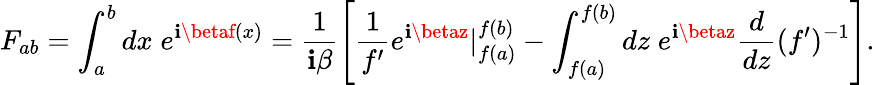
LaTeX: F_{ab}=\int_{a}^{b}dx\; e^{\mathbf{i}\betaf(x)}=\frac{{1}}{{\mathbf{i}\beta}}\left[\frac{{1}}{{f{'}}}e^{\mathbf{i}\betaz}|_{f(a)}^{f(b)}-\int_{f(a)}^{f(b)}dz\; e^{\mathbf{i}\betaz}\frac{{d}}{{dz}}(f{'})^{-1}\right].